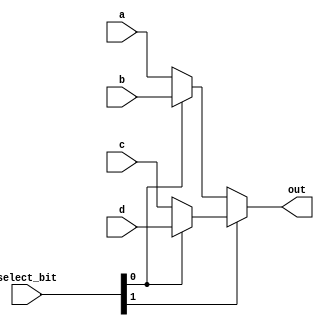
`timescale 1ns / 1ns

module FourToOneMux
  (
    output wire [17:0] out,
    input wire [17:0] a,
    input wire [17:0] b,
    input wire [17:0] c,
    input wire [17:0] d,
    input wire [1:0] select_bit 
  );
  
  assign out = select_bit[1]? (select_bit[0]? d:c) : (select_bit[0]? b:a);
endmodule

module tb_FourToOneMux;

  // Inputs
  reg [17:0] a, b, c, d;
  reg [1:0] select_bit;

  // Outputs
  wire [17:0] out;

  // Continuous stimulus generation using always block
  initial begin
    // Test case 1: select_bit = 2'b00
    a = 18'h1234;
    b = 18'h5678;
    c = 18'h9abc;
    d = 18'hdef0;
    select_bit = 2'b00;
    #50; // Wait for 50 time units

    // Test case 2: select_bit = 2'b01
    a = 18'h1234;
    b = 18'h5678;
    c = 18'h9abc;
    d = 18'hdef0;
    select_bit = 2'b01;
    #50; // Wait for 50 time units

    // Test case 3: select_bit = 2'b10
    a = 18'h1234;
    b = 18'h5678;
    c = 18'h9abc;
    d = 18'hdef0;
    select_bit = 2'b10;
    #50; // Wait for 50 time units

    // Test case 4: select_bit = 2'b11
    a = 18'h1234;
    b = 18'h5678;
    c = 18'h9abc;
    d = 18'hdef0;
    select_bit = 2'b11;
    #50; // Wait for 50 time units

    // End simulation
    $finish;
  end
  
  FourToOneMux uut (
    .a(a),
    .b(b),
    .c(c),
    .d(d),
    .select_bit(select_bit),
    .out(out)
  );

endmodule